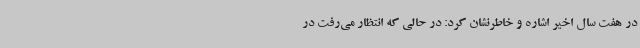
در هفت سال اخیر اشاره و خاطرنشان کرد: در حالی که انتظار می‌رفت در